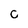
Character: C